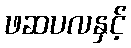
ဖဆပလနှင့်